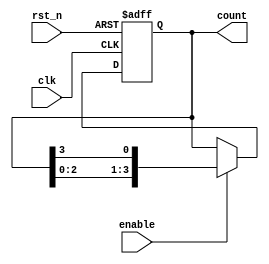
module RingCounterWithEnable (
    input wire clk,
    input wire rst_n,
    input wire enable,
    output reg [3:0] count
);

always @(posedge clk or negedge rst_n) begin
    if (~rst_n) begin
        count <= 4'b0001;
    end else if (enable) begin
        count <= {count[2:0], count[3]};
    end
end

endmodule